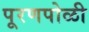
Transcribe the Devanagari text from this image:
पूरणपोळी